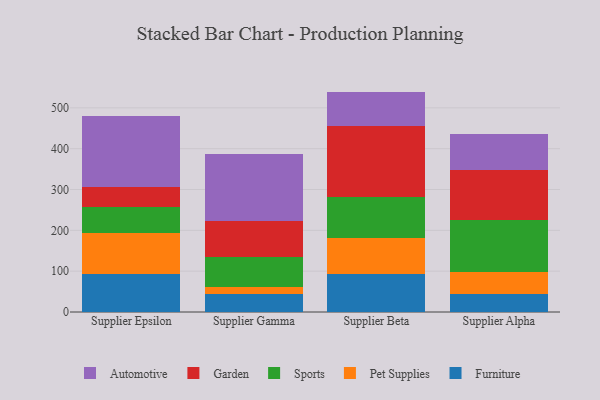
{"axis": {"x": "Supplier", "y": "Satisfaction Score"}, "legend": ["Automotive", "Furniture", "Garden", "Pet Supplies", "Sports"], "data": [{"x": "Supplier Epsilon", "y": 92.9, "type": "Furniture"}, {"x": "Supplier Epsilon", "y": 101.4, "type": "Pet Supplies"}, {"x": "Supplier Epsilon", "y": 62.4, "type": "Sports"}, {"x": "Supplier Epsilon", "y": 50.6, "type": "Garden"}, {"x": "Supplier Epsilon", "y": 172.3, "type": "Automotive"}, {"x": "Supplier Gamma", "y": 43.9, "type": "Furniture"}, {"x": "Supplier Gamma", "y": 16.7, "type": "Pet Supplies"}, {"x": "Supplier Gamma", "y": 74.3, "type": "Sports"}, {"x": "Supplier Gamma", "y": 89.2, "type": "Garden"}, {"x": "Supplier Gamma", "y": 164.1, "type": "Automotive"}, {"x": "Supplier Beta", "y": 94.0, "type": "Furniture"}, {"x": "Supplier Beta", "y": 87.3, "type": "Pet Supplies"}, {"x": "Supplier Beta", "y": 99.5, "type": "Sports"}, {"x": "Supplier Beta", "y": 173.7, "type": "Garden"}, {"x": "Supplier Beta", "y": 85.3, "type": "Automotive"}, {"x": "Supplier Alpha", "y": 45.3, "type": "Furniture"}, {"x": "Supplier Alpha", "y": 52.2, "type": "Pet Supplies"}, {"x": "Supplier Alpha", "y": 127.2, "type": "Sports"}, {"x": "Supplier Alpha", "y": 123.0, "type": "Garden"}, {"x": "Supplier Alpha", "y": 88.7, "type": "Automotive"}]}